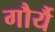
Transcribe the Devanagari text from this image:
गौर्यै